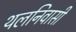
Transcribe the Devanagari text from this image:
थलनिवासी